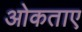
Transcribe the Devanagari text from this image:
ओकताए